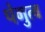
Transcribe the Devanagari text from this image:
पंगुत्व